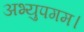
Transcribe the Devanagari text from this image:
अभ्युपगम।